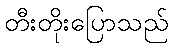
တီးတိုးပြောသည်